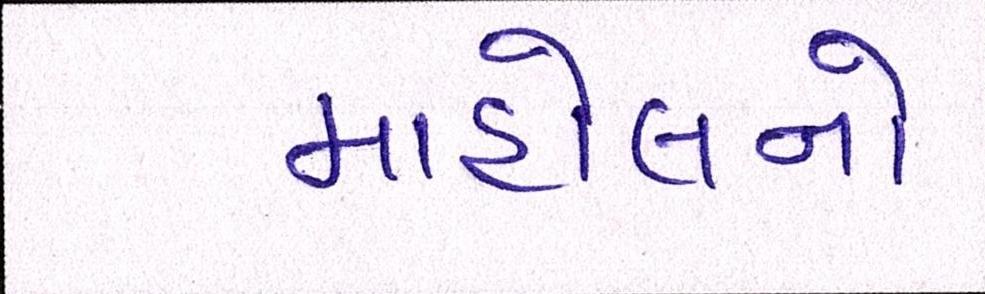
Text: માહોલનો